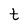
Character: t